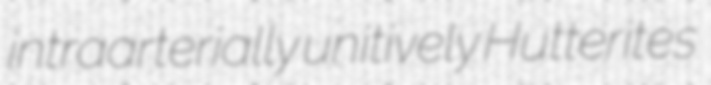
intraarterially unitively Hutterites